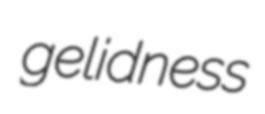
gelidness